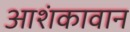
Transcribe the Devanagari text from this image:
आशंकावान